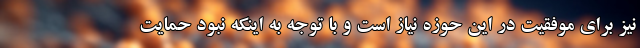
نیز برای موفقیت در این حوزه نیاز است و با توجه به اینکه نبود حمایت